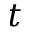
t